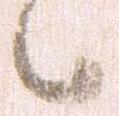
候